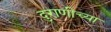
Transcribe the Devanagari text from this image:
दुराणीच्या